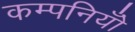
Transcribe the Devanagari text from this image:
कम्पनियोँ